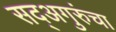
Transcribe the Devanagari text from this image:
सद्‍अगुरुंचा